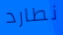
نطارد